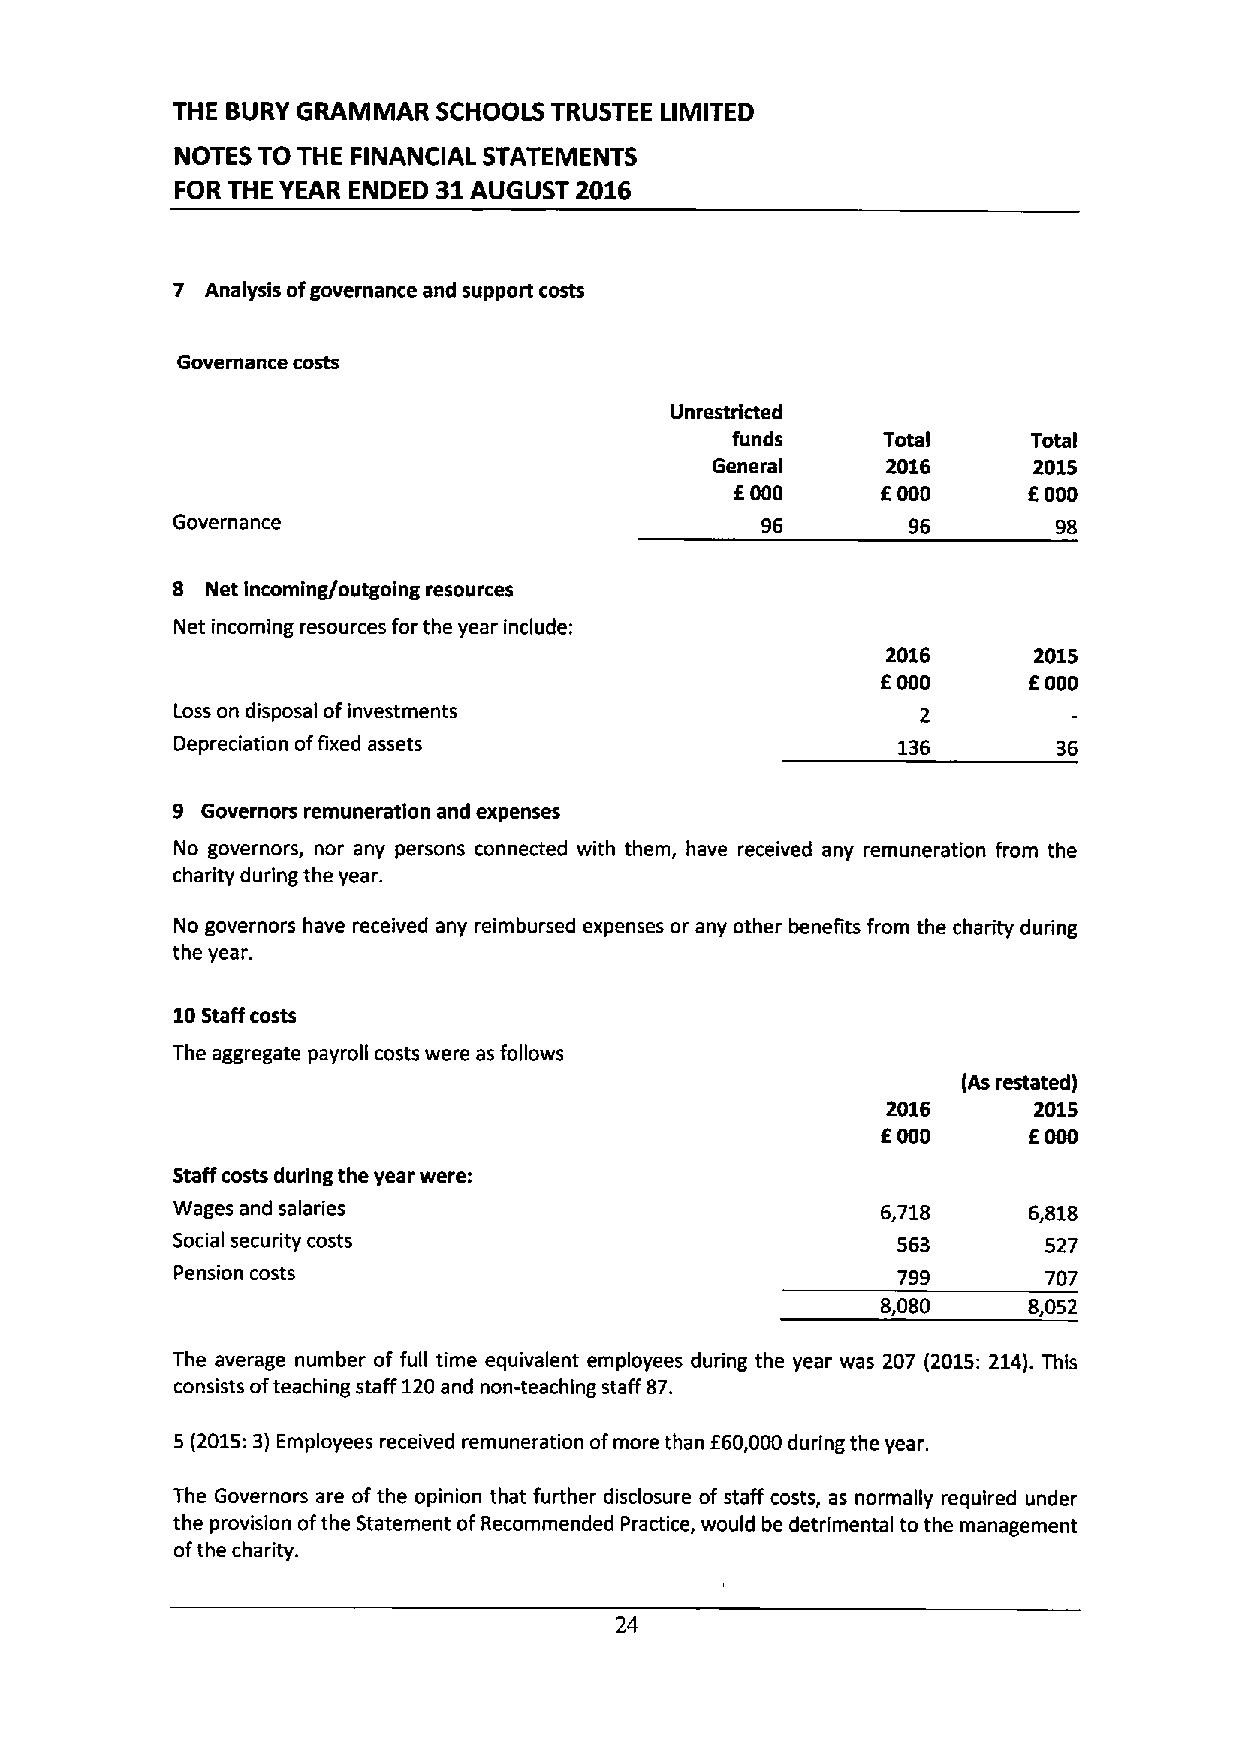
THE BURY GRAMMAR  SCHOOLS TRUSTEE LIMITED
 NOTES TO THE FINANCIAL STATEMENTS
 FOR THE YEAR ENDED 31 AUGUST 2016
 7  Analysis ofgovernance and support costs
 Governance costs
 Unrestricted
 funds     Total     Total
 General     2016     2015
 f        f
 000      000      E000
 Governance                             96        96        98
 8  Net Incoming/outgoing resources
 Net incoming resources forthe year include:
 2016     2015
 f
 000      E000
 Loss on disposal ofinvestments                   2
 Depreciation offixed assets                    136
 9 Governors remuneration and expenses
 No governors, nor any persons connected with them, have received any remuneration from the
 charity during the year.
 No governors have received any reimbursed expenses or any other benefits from the charity during
 the year.
 10Staff costs
 The aggregate payroll costs were as follows
 (As restated)
 2016     2015
 f
 E000       000
 Staff costs during the year were:
 Wages and salaries                             6,718     6,818
 Social security costs                           563       527
 Pension costs                                  799       707
 8,080     8,052
 The average number of full time equivalent employees during the year was 207 (2015:214).This
 consists ofteaching staff 120and non-teaching staff 87.
 5 (2015:3) Employees received remuneration ofmore than f 60,000during the year.
 The Governors are ofthe opinion that further disclosure of staff costs, as normally required under
 the provision ofthe Statement ofRecommended Practice, would be detrimental to the management
 ofthe charity.
 24